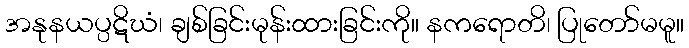
အနုနယပ္ပဋိဃံ၊ ချစ်ခြင်းမုန်းထားခြင်းကို။ နကရောတိ၊ ပြုတော်မမူ။